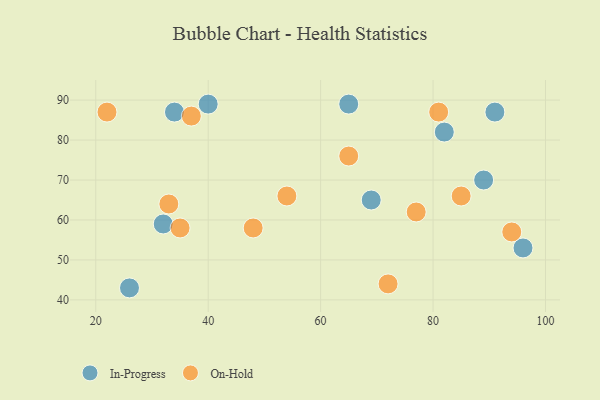
{"axis": {"x": "GDP", "y": "Life Expectancy"}, "legend": ["In-Progress", "On-Hold"], "data": [{"x": "91", "y": 87, "type": "In-Progress"}, {"x": "69", "y": 65, "type": "In-Progress"}, {"x": "32", "y": 59, "type": "In-Progress"}, {"x": "26", "y": 43, "type": "In-Progress"}, {"x": "65", "y": 89, "type": "In-Progress"}, {"x": "96", "y": 53, "type": "In-Progress"}, {"x": "34", "y": 87, "type": "In-Progress"}, {"x": "89", "y": 70, "type": "In-Progress"}, {"x": "82", "y": 82, "type": "In-Progress"}, {"x": "40", "y": 89, "type": "In-Progress"}, {"x": "81", "y": 87, "type": "On-Hold"}, {"x": "35", "y": 58, "type": "On-Hold"}, {"x": "65", "y": 76, "type": "On-Hold"}, {"x": "48", "y": 58, "type": "On-Hold"}, {"x": "94", "y": 57, "type": "On-Hold"}, {"x": "54", "y": 66, "type": "On-Hold"}, {"x": "33", "y": 64, "type": "On-Hold"}, {"x": "37", "y": 86, "type": "On-Hold"}, {"x": "77", "y": 62, "type": "On-Hold"}, {"x": "85", "y": 66, "type": "On-Hold"}, {"x": "22", "y": 87, "type": "On-Hold"}, {"x": "72", "y": 44, "type": "On-Hold"}]}